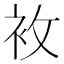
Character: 𧘶